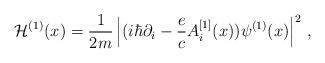
LaTeX: \begin{align*}{\cal H}^{(1)} (x)= {1 \over 2m} \left| (i \hbar \partial_i -{e\over c} A_i^{[1]}(x) )\psi^{(1)}(x) \right|^2\,,\end{align*}